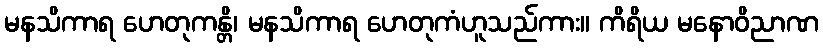
မနသိကာရ ဟေတုကန္တိ၊ မနသိကာရ ဟေတုကံဟူသည်ကား။ ကိရိယ မနောဝိညာဏ